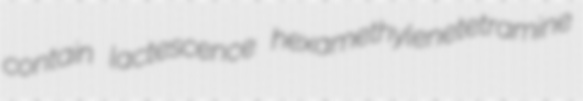
contain lactescence hexamethylenetetramine